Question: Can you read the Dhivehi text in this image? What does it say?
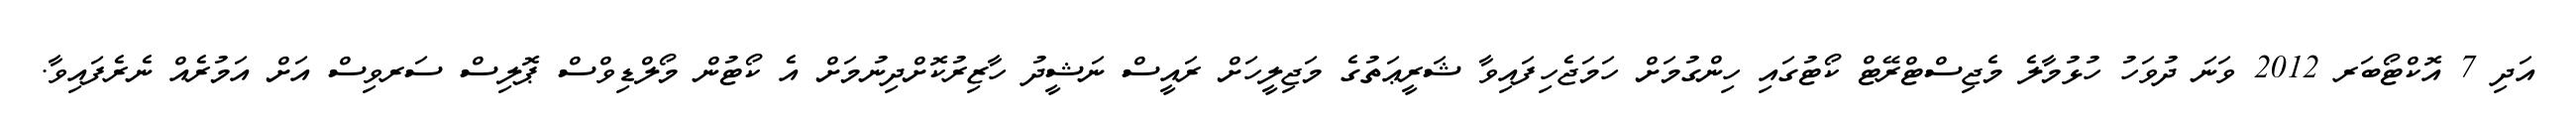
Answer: އަދި 7 އޮކްޓޯބަރ 2012 ވަނަ ދުވަހު ހުޅުމާލެ މެޖިސްޓްރޭޓް ކޯޓުގައި ހިންގުމަށް ހަމަޖެހިފައިވާ ޝަރީޢަތުގެ މަޖިލީހަށް ރައީސް ނަޝީދު ހާޒިރުކޮށްދިނުމަށް އެ ކޯޓުން މޯލްޑިވްސް ޕޮލިސް ސަރވިސް އަށް އަމުރެއް ނެރެފައިވާ.